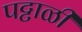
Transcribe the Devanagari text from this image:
पट्टाळी